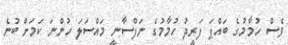
ވެސް ހުމާމުގެ ބައްޕަ ފަރީދު ހުމާމުގެ ނަފްސާނީ މައްސަލަ ހުންނަ ކަމަށް ބުނެ